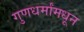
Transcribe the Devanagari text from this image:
गुणधर्मांमधून